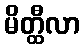
မိတ္ထီလာ